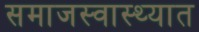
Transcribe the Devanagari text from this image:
समाजस्वास्थ्यात